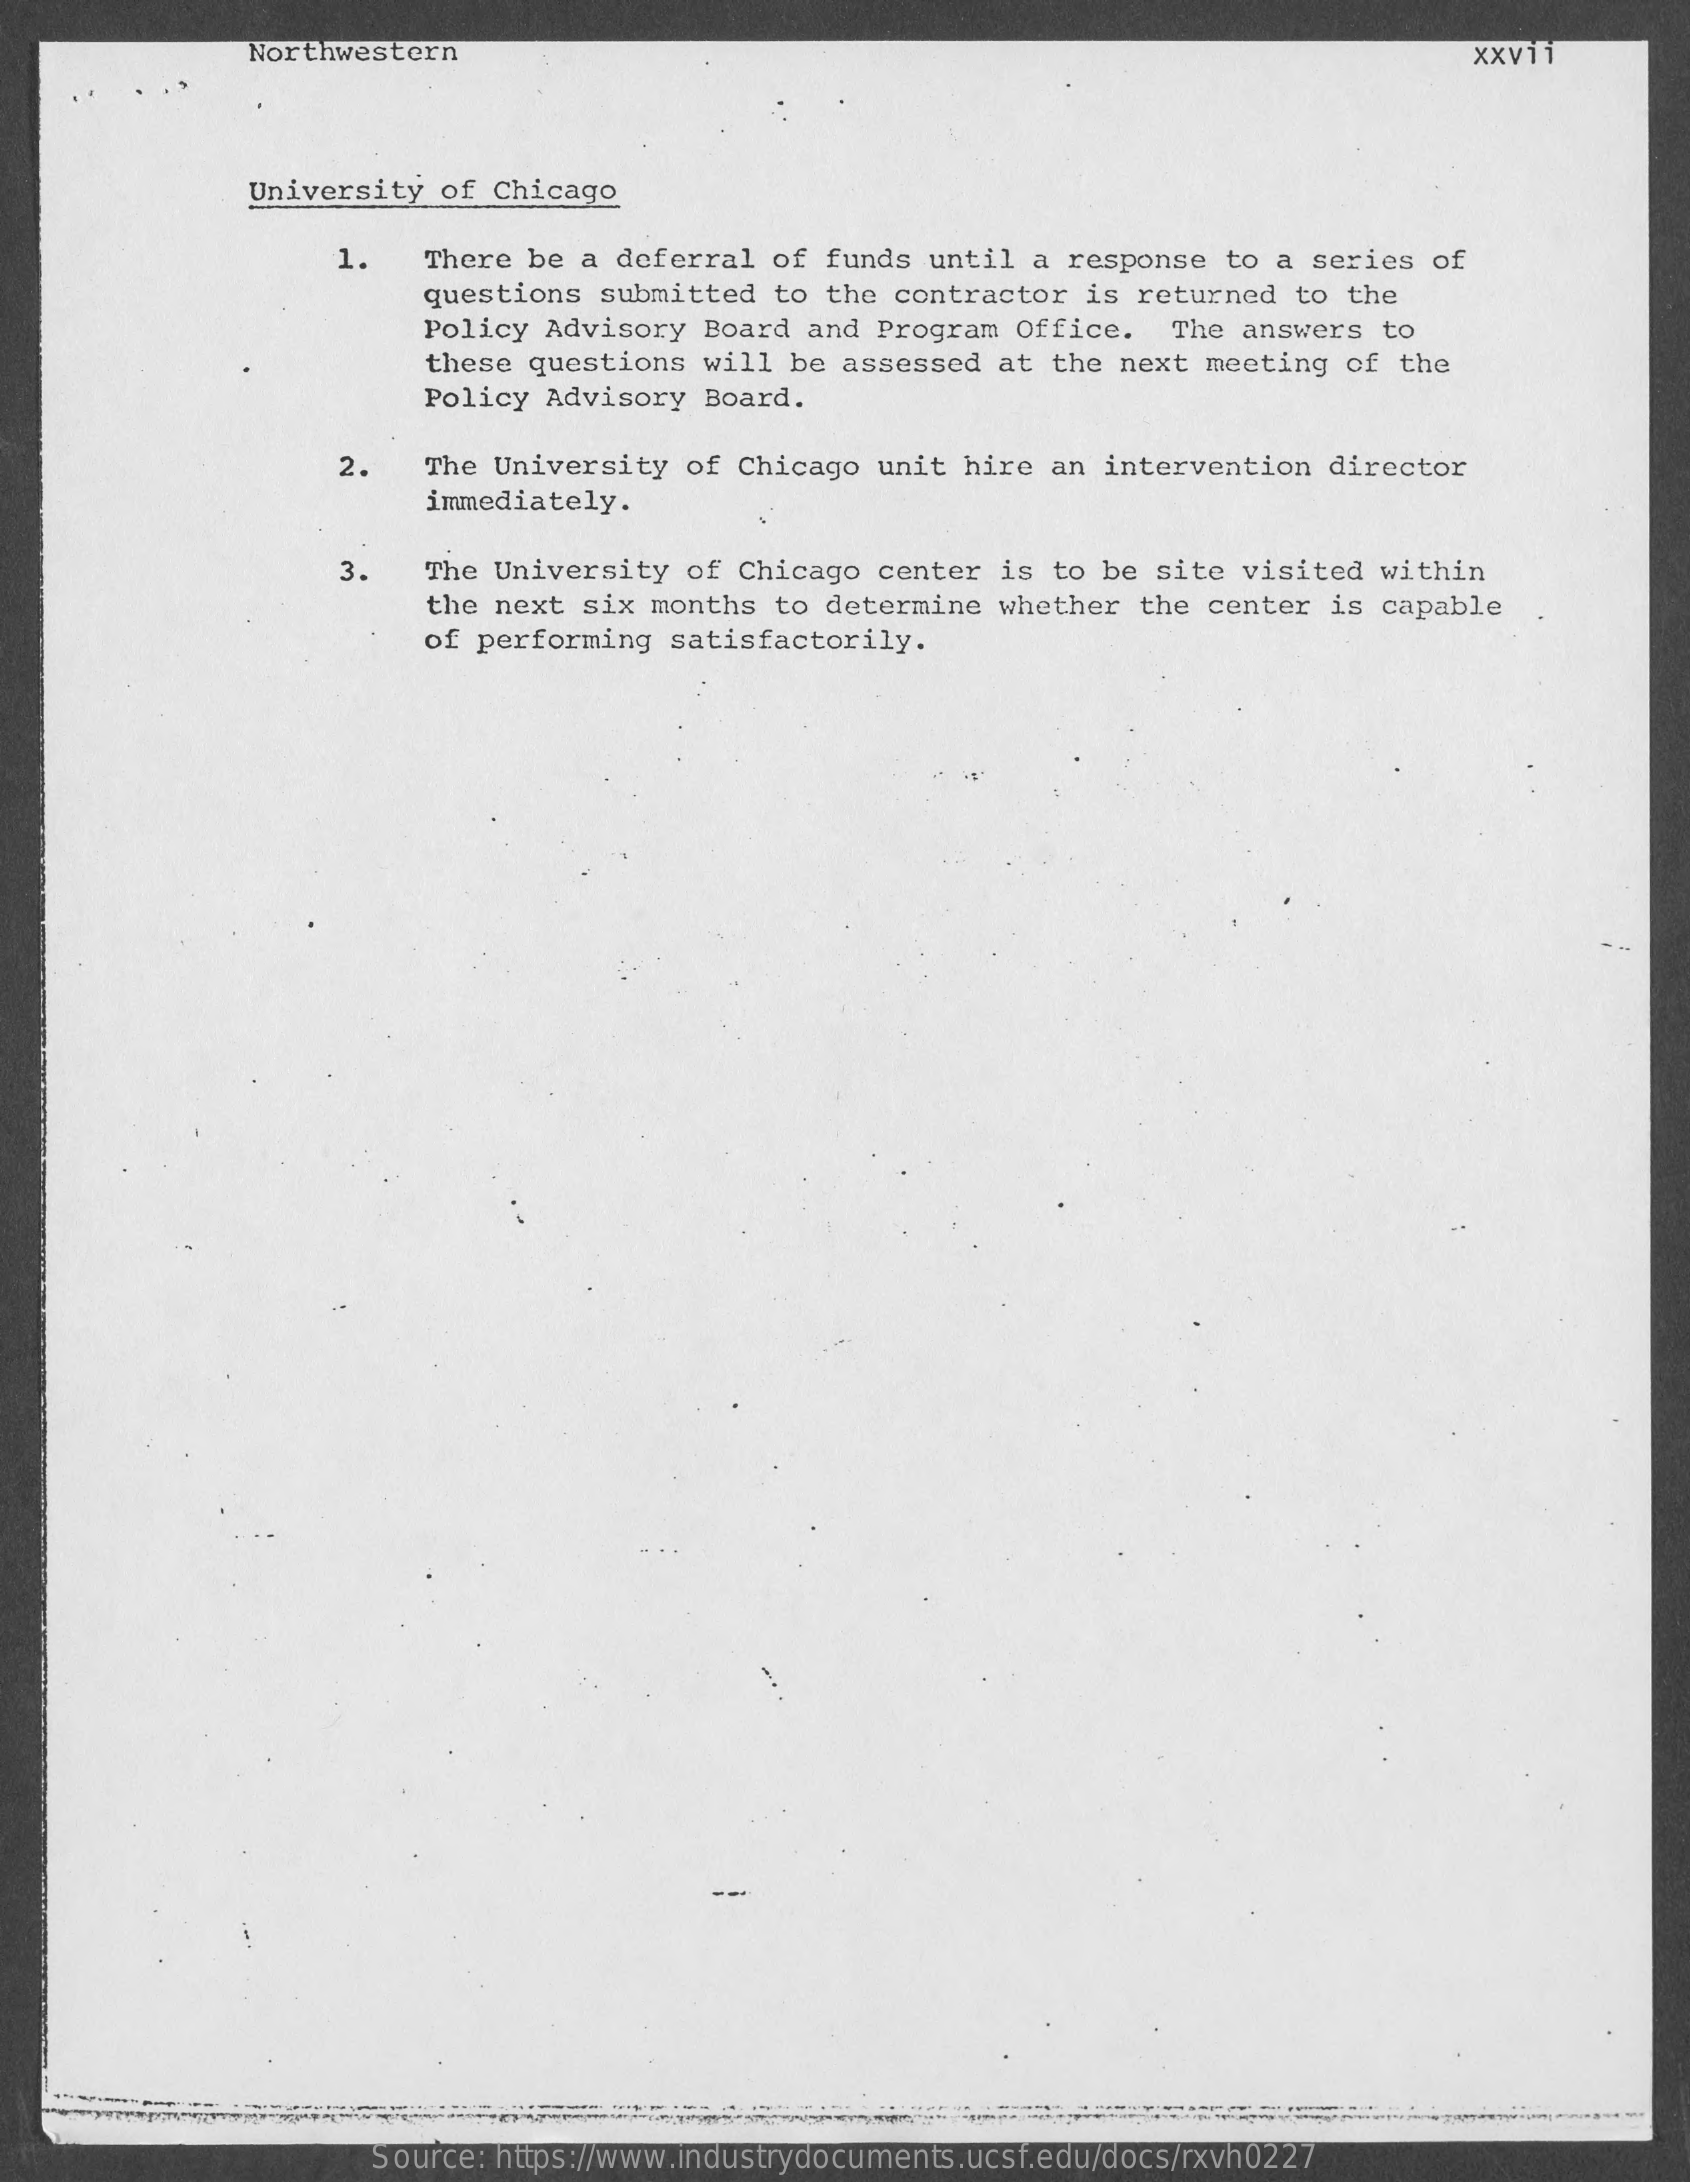
Northwestern    XXV11
     University  of Chicago
     1.    There be a  deferral of  funds until  a response  to a series  of
     questions  submitted to  the contractor  is returned  to the
     Policy Advisory  Board  and Program  Office.   The answers  to
     these questions  will be  assessed at  the next meeting  of  the
     Policy Advisory  Board.
     2.    The University  of Chicago  unit hire  an intervention  director
     immediately.
     3.   The University  of Chicago  center  is to be site  visited within
     the next  six months to  determine whether  the center  is capable
     of performing  satisfactorily.
     Source: https://www.industrydocuments.ucsf.edu/docs/rxvh0227